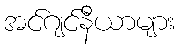
အင်ဂျင်နီယာများ